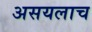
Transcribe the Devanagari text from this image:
असयलाच